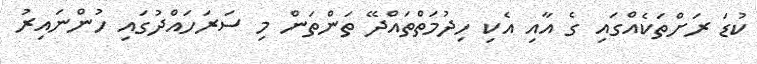
ކުޑަ ރަށްތަކެއްގައި ގެ އާއި އެކި ހިދުމަތްތައްދޭ ތަންތަން މި ސަރަހައްދުގައި ހުންނައިރު